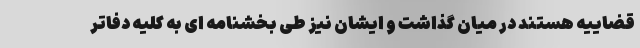
قضاییه هستند در میان گذاشت و ایشان نیز طی بخشنامه ای به کلیه دفاتر